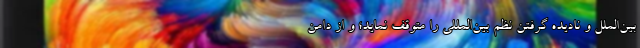
بین­‌الملل و نادیده گرفتن نظم بین‌­المللی را متوقف نماید؛ و از دامن